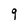
Character: 9